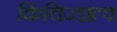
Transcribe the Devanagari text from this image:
किंचिज्ज्ञत्व